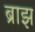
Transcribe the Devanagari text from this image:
ब्राझ